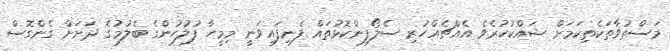
މަސްތުވާތަކެތިކަމަށް ޝައްކުކުރެވެ އެއްޗެއްހުރި ސެލޯފިންކޮޅުތައް ފެނިފައިވަނީ މިމީހާ ފުލުހުންގެ ބެލުމުގެ ދަށަށް ގެންގޮސް